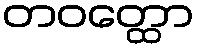
တဝတ္ထော